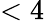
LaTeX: <4